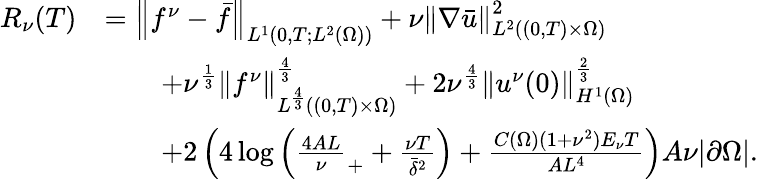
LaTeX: \begin{array}{rl}{R_{\nu}(T)}&{=\left\lVert f^{\nu}-\bar{f}\right\rVert_{L^{1}(0,T;L^{2}(\Omega))}+\nu\left\lVert\nabla\bar{u}\right\rVert_{L^{2}((0,T)\times\Omega)}^{2}}\\ &{\qquad+\nu^{\frac 13}\left\lVert f^{\nu}\right\rVert_{L^{\frac 43}((0,T)\times\Omega)}^{\frac 43}+2\nu^{\frac 43}\left\lVert u^{\nu}(0)\right\rVert_{H^{1}(\Omega)}^{\frac 23}}\\ &{\qquad+2\left(4\log\left(\frac{4AL}\nu_{+}+\frac{\nu T}{\bar{\delta}^{2}}\right)+\frac{C(\Omega)(1+\nu^{2})E_{\nu}T}{AL^{4}}\right)A\nu|\partial\Omega|.}\end{array}